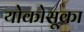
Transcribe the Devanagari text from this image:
योकोसूका